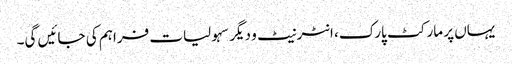
یہاں پر مارکٹ پارک، انٹرنیٹ و دیگر سہولیات فراہم کی جائیں گی۔